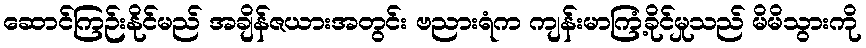
ဆောင်ကြဉ်းနိုင်မည် အချိန်ဇယားအတွင်း ဗညားရံက ကျန်းမာကြံ့ခိုင်မှုသည် မိမိသွားကို